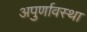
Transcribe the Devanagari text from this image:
अपुर्णावस्था